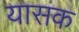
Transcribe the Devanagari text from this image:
यासक